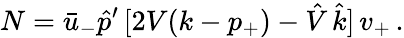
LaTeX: N=\bar{u}_{-}\hat{p}^{\prime}\, [2V(k-p_{+})-\hat{V}\, \hat{k}]\, v_{+}\, .